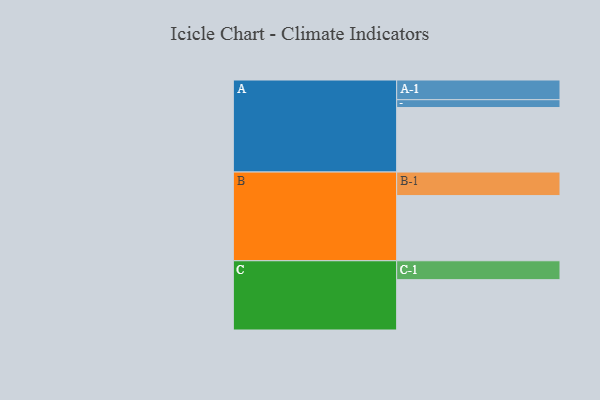
{"axis": {"x": "Segment", "y": "Value"}, "legend": ["", "A", "B", "C"], "data": [{"x": "A", "y": 583, "type": ""}, {"x": "B", "y": 589, "type": ""}, {"x": "C", "y": 455, "type": ""}, {"x": "A-1", "y": 178, "type": "A"}, {"x": "A-2", "y": 71, "type": "A"}, {"x": "B-1", "y": 213, "type": "B"}, {"x": "C-1", "y": 171, "type": "C"}]}